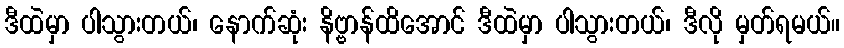
ဒီထဲမှာ ပါသွားတယ်၊ နောက်ဆုံး နိဗ္ဗာန်ထိအောင် ဒီထဲမှာ ပါသွားတယ်၊ ဒီလို မှတ်ရမယ်။